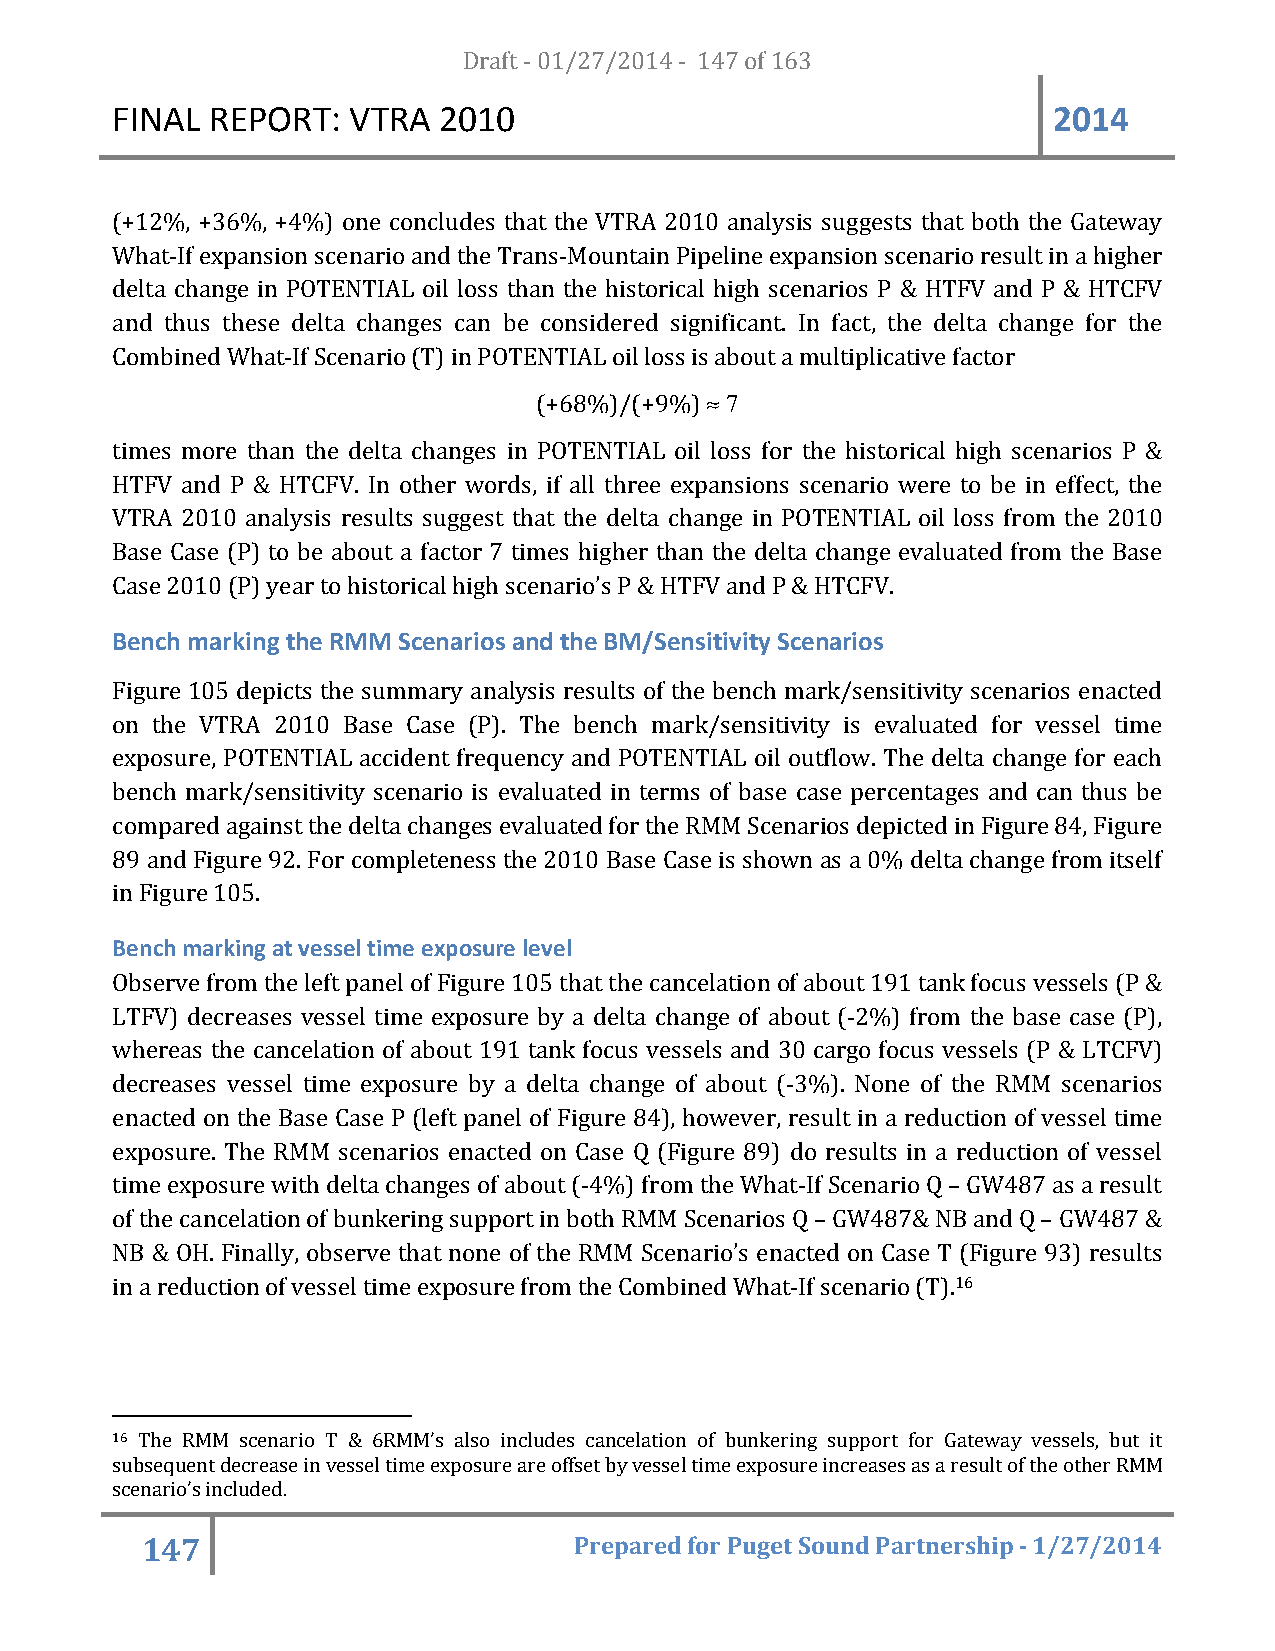
FINAL  REPORT:  VTRA  20D1ra0ft - 01/27/2014 - 147 of 163      2014
 (+12%, +36%, +4%) one concludes that the VTRA 2010 analysis suggests that both the Gateway
 What-If expansion scenario and the Trans-Mountain Pipeline expansion scenario result in a higher
 delta change in POTENTIAL oil loss than the historical high scenarios P & HTFV and P & HTCFV
 and thus these delta changes can be considered significant. In fact, the delta change for the
 Combined What-If Scenario (T) in POTENTIAL oil loss is about a multiplicative factor
 (+68%)/(+9%) ≈ 7
 times more than the delta changes in POTENTIAL oil loss for the historical high scenarios P &
 HTFV and P & HTCFV. In other words, if all three expansions scenario were to be in effect, the
 VTRA 2010 analysis results suggest that the delta change in POTENTIAL oil loss from the 2010
 Base Case (P) to be about a factor 7 times higher than the delta change evaluated from the Base
 Case 2010 (P) year to historical high scenario’s P & HTFV and P & HTCFV.
 Bench marking the RMM Scenarios and the BM/Sensitivity Scenarios
 Figure 105 depicts the summary analysis results of the bench mark/sensitivity scenarios enacted
 on the VTRA 2010 Base Case (P). The bench mark/sensitivity is evaluated for vessel time
 exposure, POTENTIAL accident frequency and POTENTIAL oil outflow. The delta change for each
 bench mark/sensitivity scenario is evaluated in terms of base case percentages and can thus be
 compared against the delta changes evaluated for the RMM Scenarios depicted in Figure 84, Figure
 89 and Figure 92. For completeness the 2010 Base Case is shown as a 0% delta change from itself
 in Figure 105.
 Bench marking at vessel time exposure level
 Observe from the left panel of Figure 105 that the cancelation of about 191 tank focus vessels (P &
 LTFV) decreases vessel time exposure by a delta change of about (-2%) from the base case (P),
 whereas the cancelation of about 191 tank focus vessels and 30 cargo focus vessels (P & LTCFV)
 decreases vessel time exposure by a delta change of about (-3%). None of the RMM scenarios
 enacted on the Base Case P (left panel of Figure 84), however, result in a reduction of vessel time
 exposure. The RMM scenarios enacted on Case Q (Figure 89) do results in a reduction of vessel
 time exposure with delta changes of about (-4%) from the What-If Scenario Q – GW487 as a result
 of the cancelation of bunkering support in both RMM Scenarios Q – GW487& NB and Q – GW487 &
 NB & OH. Finally, observe that none of the RMM Scenario’s enacted on Case T (Figure 93) results
 in a reduction of vessel time exposure from the Combined What-If scenario (T).16
 16 The RMM scenario T & 6RMM’s also includes cancelation of bunkering support for Gateway vessels, but it
 subsequent decrease in vessel time exposure are offset by vessel time exposure increases as a result of the other RMM
 scenario’s included.
 147                          Prepared for Puget Sound Partnership - 1/27/2014